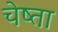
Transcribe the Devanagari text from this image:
चेष्ता